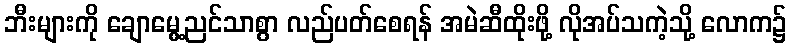
ဘီးများကို ချောမွေ့ညင်သာစွာ လည်ပတ်စေရန် အမဲဆီထိုးဖို့ လိုအပ်သကဲ့သို့ လောက၌